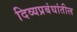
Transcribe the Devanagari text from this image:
दिव्यप्रबंधांतील